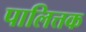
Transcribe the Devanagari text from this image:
पालित्तक